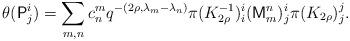
LaTeX: \begin{align*}\theta(\mathsf{P}_{j}^{i}) = \sum_{m, n} c^m_n q^{-(2\rho, \lambda_m - \lambda_n)} \pi(K_{2\rho}^{-1})_{i}^{i}(\mathsf{M}_{m}^{n})_{j}^{i}\pi(K_{2\rho})_{j}^{j}.\end{align*}